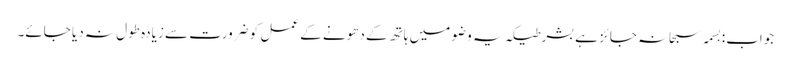
جواب:بسمہ سبحانہ جائز ہے بشرطیکہ یہ وضو میں ہاتھ کے دھونے کے عمل کو ضرورت سے زیادہ طول نہ دیا جائے۔